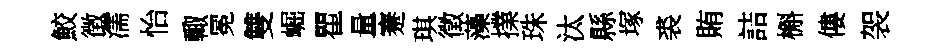
鮫徴濡怡輙冕雙崛瞿量蹇琪徵藻擈珠汰縣塚裘賄詰槲僂袈